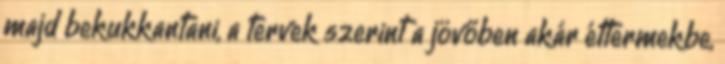
majd bekukkantani, a tervek szerint a jövőben akár éttermekbe,